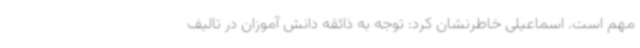
مهم است. اسماعیلی خاطرنشان کرد: توجه به ذائقه دانش آموزان در تالیف